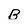
Character: B